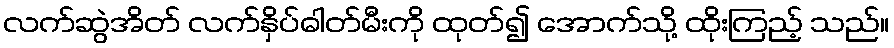
လက်ဆွဲအိတ် လက်နှိပ်ဓါတ်မီးကို ထုတ်၍ အောက်သို့ ထိုးကြည့် သည်။